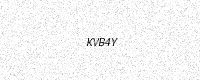
Text: KVB4Y